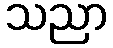
သညာ